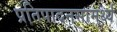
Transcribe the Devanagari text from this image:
प्रतिपादनसामर्थ्य